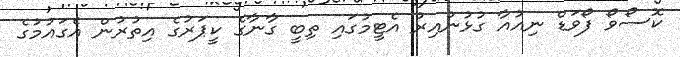
ކޮސޯވޯ ފޯވަޑް ނިއުއާ ގުޅުނުއިރު އެޓީމުގައި ތިބީ ގާނާގެ ކީޕަރުގެ އިތުރުން އެގައުމުގެ